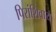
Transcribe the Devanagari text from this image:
पिरांशिवाय